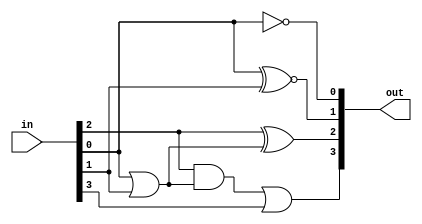
module bcd_to_excess3 (in,out);
	input [3:0] in;
	output [3:0] out;
	assign out[0]=~in[0];
	assign out[1]=in[0]~^in[1];
	assign out[2]=in[2]^(in[0]|in[1]);
	assign out[3]=(in[2]&(in[0]|in[1]))|in[3];
endmodule